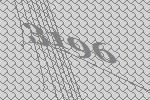
3196